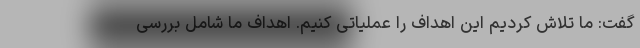
گفت: ما تلاش کردیم این اهداف را عملیاتی کنیم. اهداف ما شامل بررسی